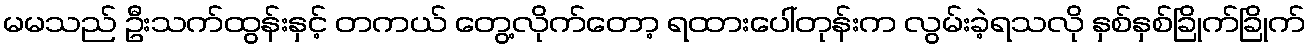
မမသည် ဦးသက်ထွန်းနှင့် တကယ် တွေ့လိုက်တော့ ရထားပေါ်တုန်းက လွမ်းခဲ့ရသလို နှစ်နှစ်ခြိုက်ခြိုက်